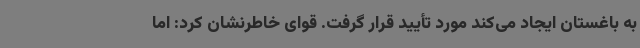
به باغستان ایجاد می‌کند مورد تأیید قرار گرفت. قوای خاطرنشان کرد: اما